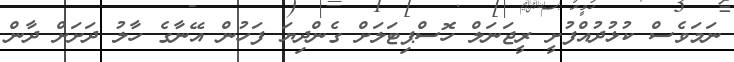
ނަމަވެސް ކުޅުދުއްފުށީ ރީޖަނަލް ހޮސްޕިޓަލަށް ގެންދިޔަ ފަހުން އޭނާގެ ހާލު ދަށަށް ދާން